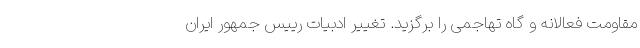
مقاومت فعالانه و گاه تهاجمی را برگزید. تغییر ادبیات رییس جمهور ایران